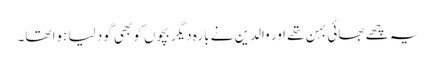
یہ چھے بھائی بہن تھے اور والدین نے بارہ دیگر بچوں کو بھی گود لیا ہوا تھا۔